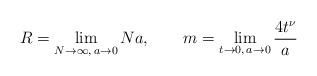
LaTeX: \begin{align*}R=\lim_{N\to\infty,\, a\to 0} Na,\qquad m=\lim_{t\to 0,\, a\to 0}\frac{4t^\nu}{a}\end{align*}